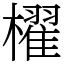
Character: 櫂